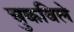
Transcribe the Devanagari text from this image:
चुकविले